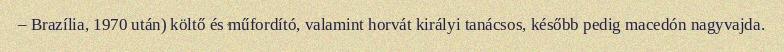
– Brazília, 1970 után) költő és műfordító, valamint horvát királyi tanácsos, később pedig macedón nagyvajda.